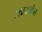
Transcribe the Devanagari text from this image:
अन्नस्त्रोत